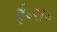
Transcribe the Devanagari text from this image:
ई॰स॰